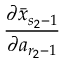
\frac { \partial \bar { x } _ { s _ { 2 } - 1 } } { \partial a _ { r _ { 2 } - 1 } }